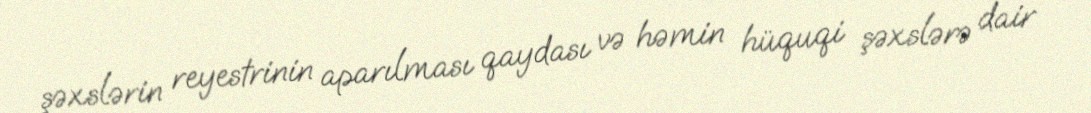
şəxslərin reyestrinin aparılması qaydası və həmin hüquqi şəxslərə dair